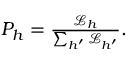
\begin{array} { r } { P _ { h } = \frac { \mathcal { L } _ { h } } { \sum _ { h ^ { \prime } } \mathcal { L } _ { h ^ { \prime } } } . } \end{array}